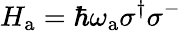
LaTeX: H_{\mathrm{a}}=\hbar\omega_{\mathrm{a}}\sigma^{\dagger}\sigma^{-}